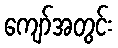
ကျော်အတွင်း